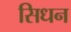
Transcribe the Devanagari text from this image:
सिधन